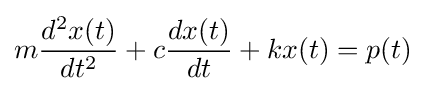
m{\frac {d^{2}x(t)}{dt^{2}}}+c{\frac {dx(t)}{dt}}+kx(t)=p(t)